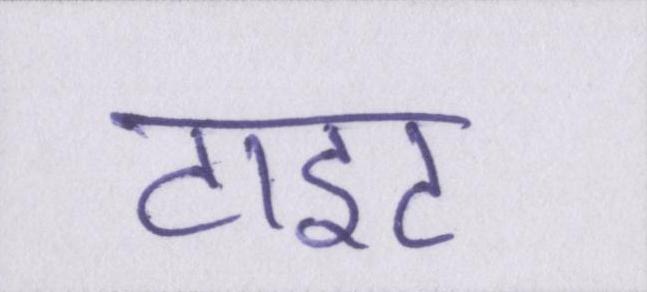
टाइट